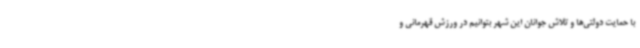
با حمایت دولتی‌ها و تلاش جوانان این شهر بتوانیم در ورزش قهرمانی و